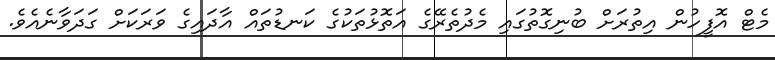
މެޓް އޮފީހުން އިތުރަށް ބުނިގޮތުގައި މެދުތެރޭގެ އަތޮޅުތަކުގެ ކަނޑުތައް އާދައިގެ ވަރަކަށް ގަދަވާނެއެވެ.